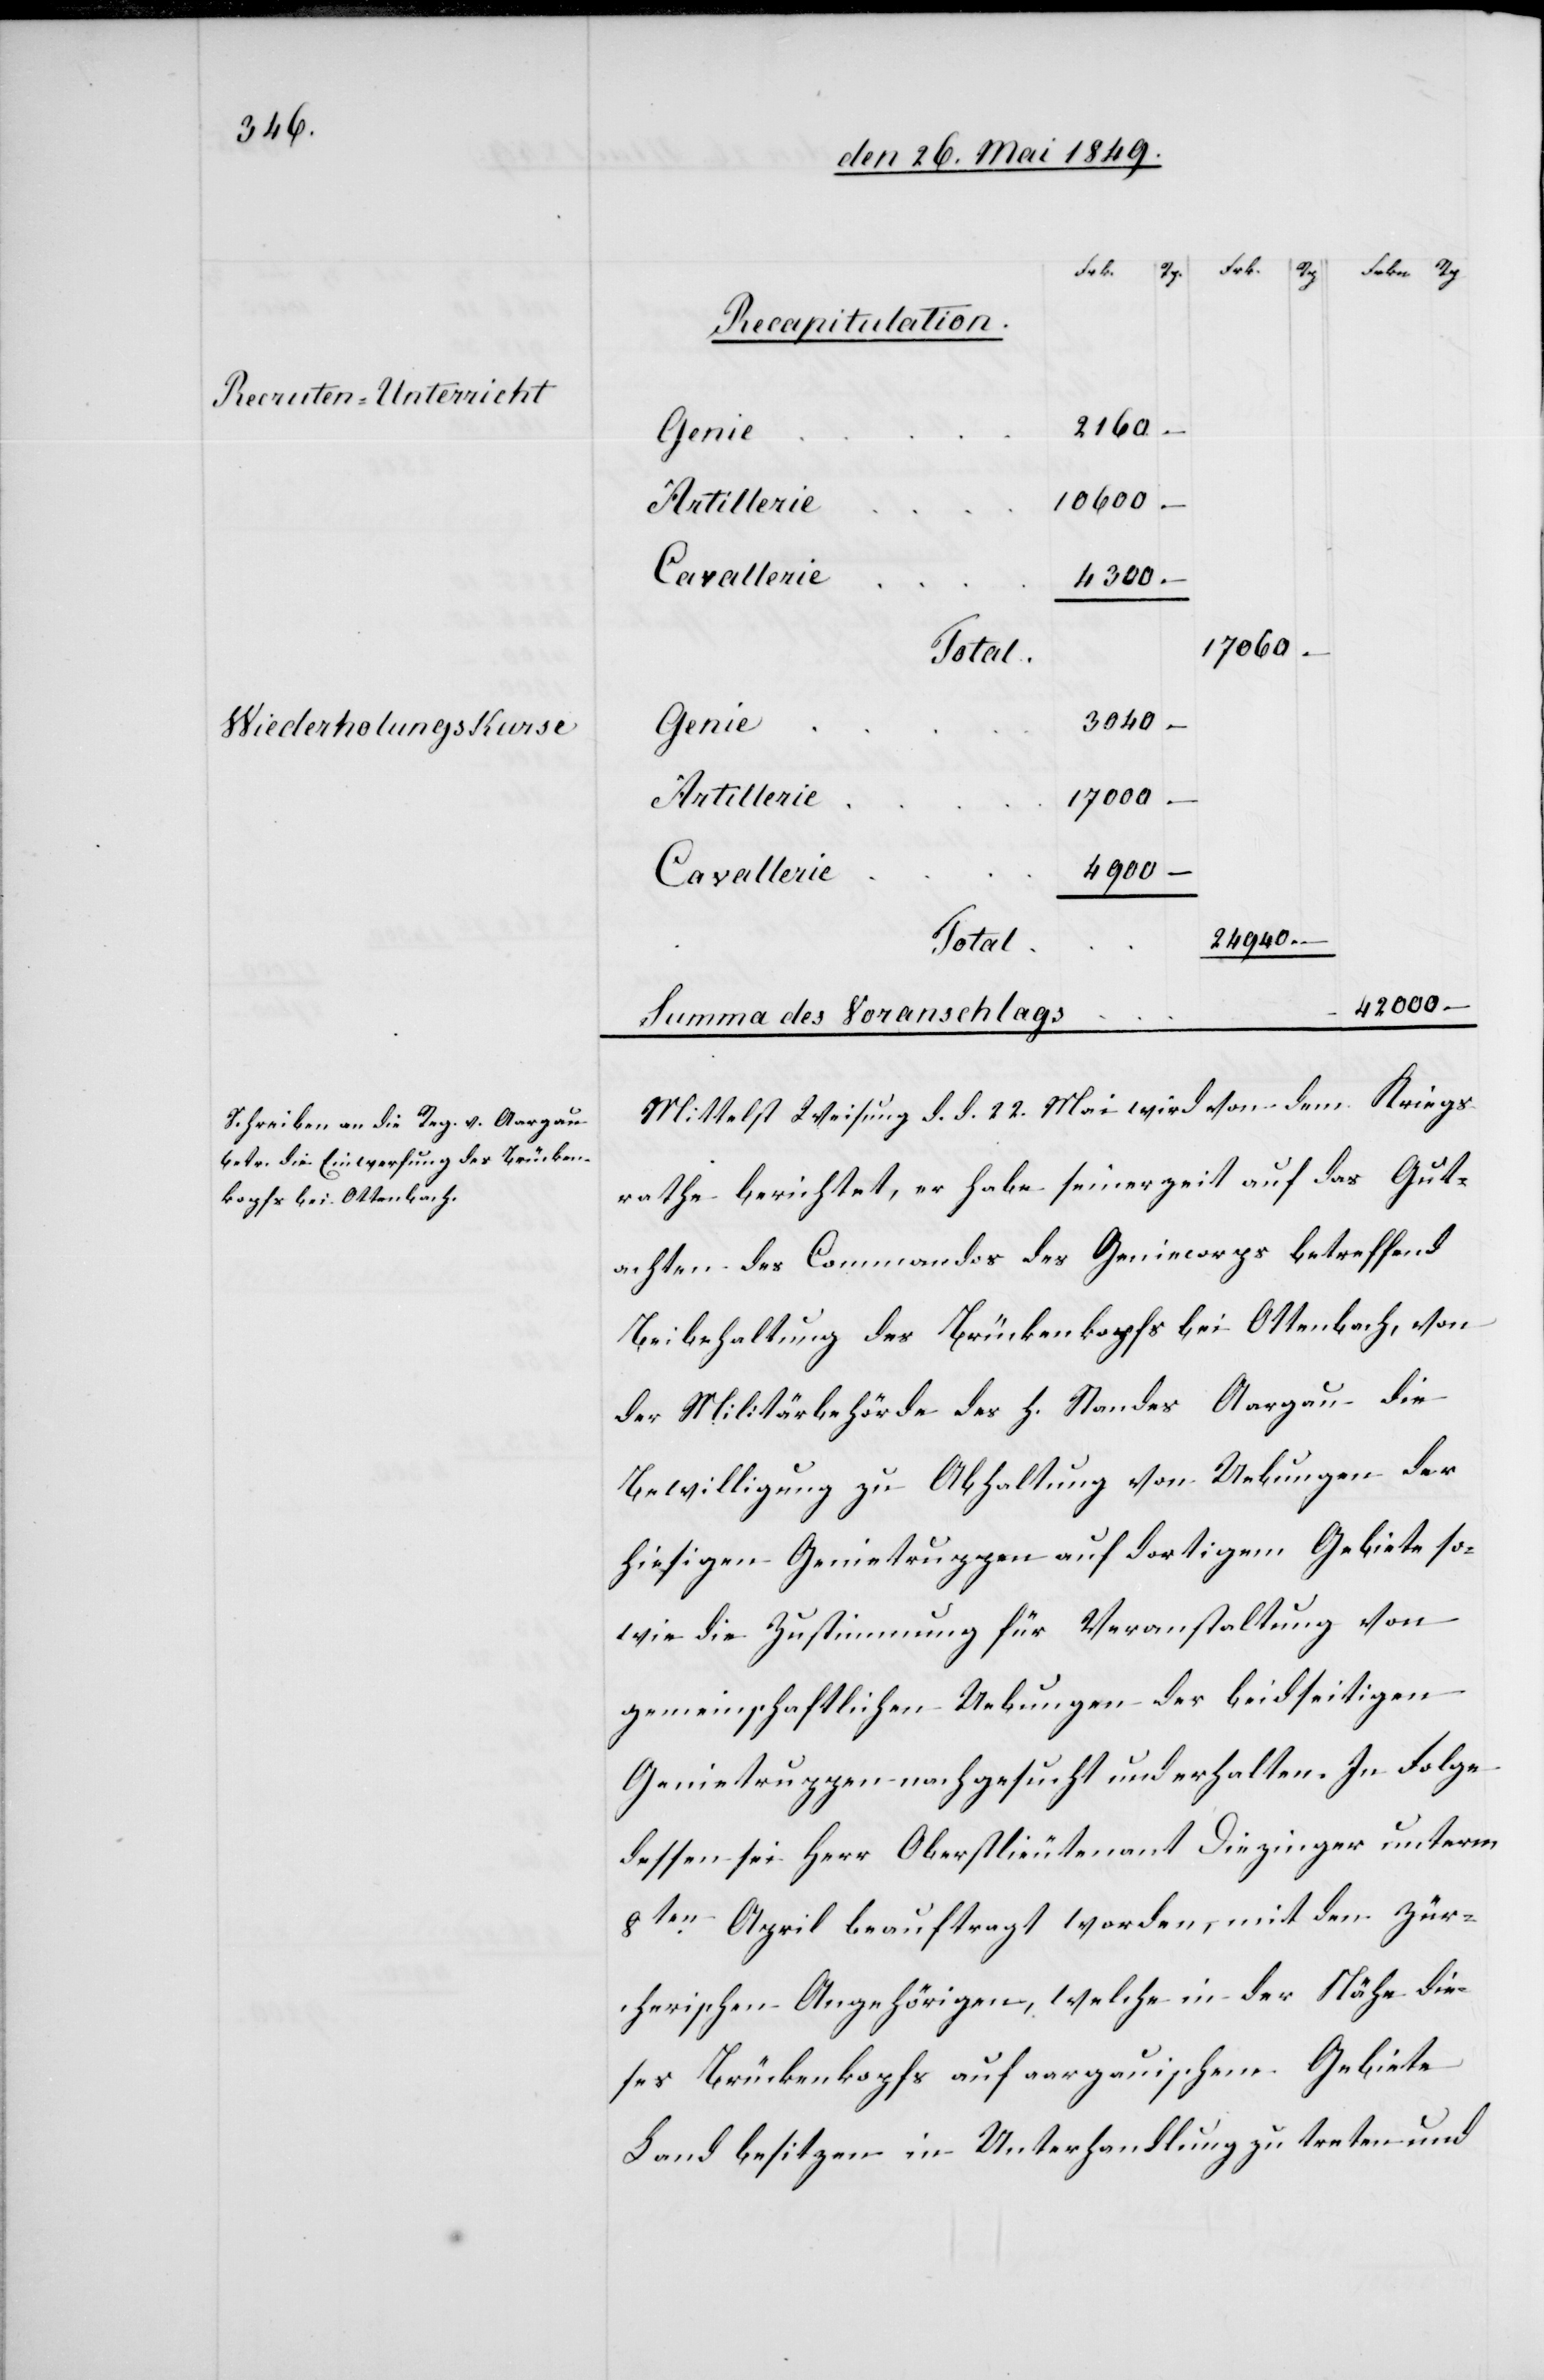
Recruten-Unterricht
Wiederholungskurse

Recapitulation.
2 160.
Genie
10 600
Artillerie
Cavallerie
4 300
17 060
3 040
17 000
Cavallerie
24 940
Total
42 000
Summa des Voranschlags
Mittelst Weisung d. d. 22. Mai wird von dem Kriegs¬
rathe berichtet, er habe seinerzeit auf das Gut¬
achten des Commandos des Geniecorps betreffend
Beibehaltung des Brückenkopfs bei Ottenbach, von
der Militärbehörde des h. Standes Aargau die
Bewilligung zu Abhaltung von Uebungen der
hiesigen Genietruppen auf dortigem Gebiete so¬
wie die Zustimmung für Veranstaltung von
gemeinschaftlichen Uebungen der beidseitigen
Genietruppen nachgesucht und erhalten. In Folge
dessen sei Herr Oberstlieutenant Diezinger unterm
8ten April beauftragt worden, mit den Zür¬
cherischen Angehörigen, welche in der Nähe die¬
ses Brückenkopfs auf aargauischem Gebiete
Land besitzen in Unterhandlung treten und